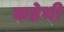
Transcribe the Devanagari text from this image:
कडेची